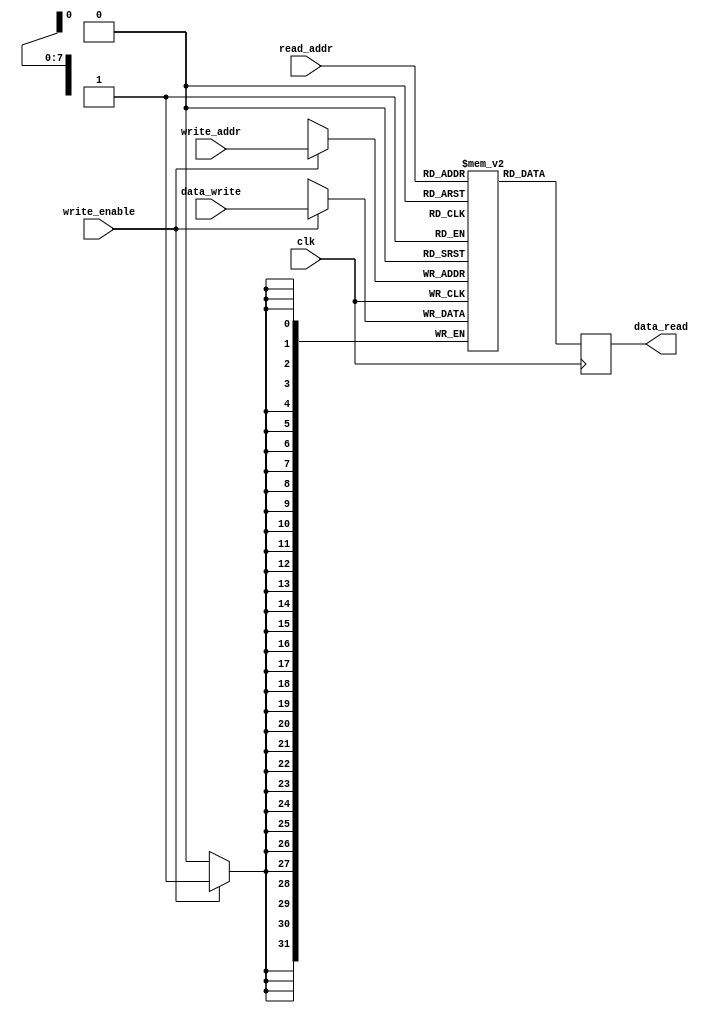
module single_port_register_file (
  input wire clk,
  input wire [7:0] read_addr,
  input wire [7:0] write_addr,
  input wire write_enable,
  input wire [31:0] data_write,
  output wire [31:0] data_read
);

reg [31:0] register_file [255:0];

always @(posedge clk) begin
  if (write_enable) begin
    register_file[write_addr] <= data_write;
  end
  data_read <= register_file[read_addr];
end

endmodule